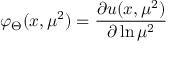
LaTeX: \varphi _ { \Theta } ( x , \mu ^ { 2 } ) = \frac { \partial u ( x , \mu ^ { 2 } ) } { \partial \ln \mu ^ { 2 } }